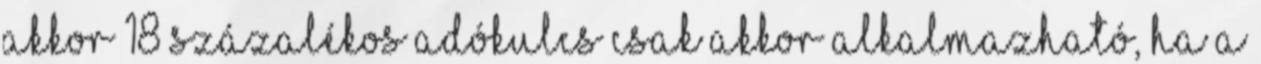
akkor 18 százalékos adókulcs csak akkor alkalmazható, ha a